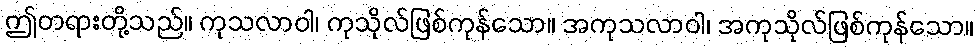
ဤတရားတို့သည်။ ကုသလာဝါ၊ ကုသိုလ်ဖြစ်ကုန်သော။ အကုသလာဝါ၊ အကုသိုလ်ဖြစ်ကုန်သော။